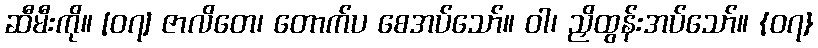
ဆီမီးကို။ [၀၇] ဇာလိတေ၊ တောက်ပ စေအပ်သော်။ ဝါ၊ ညှိထွန်းအပ်သော်။ {၀၇}